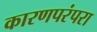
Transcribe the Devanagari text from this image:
कारणपरंपरा